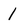
Character: 1